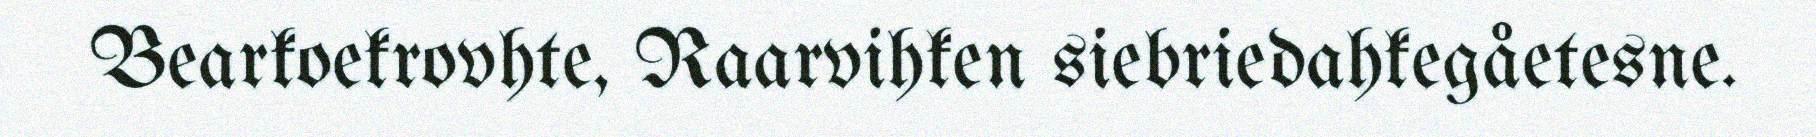
Bearkoekrovhte, Raarvihken siebriedahkegåetesne.